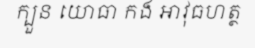
ក្បួន យោធា កង អាវុធហត្ថ